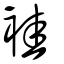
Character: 袿